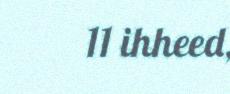
11 ihheed,